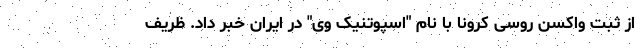
از ثبت واکسن روسی کرونا با نام "اسپوتنیک وی" در ایران خبر داد. ظریف